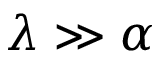
\lambda \gg \alpha